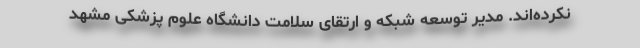
نکرده‌اند. مدیر توسعه شبکه و ارتقای سلامت دانشگاه علوم پزشکی مشهد